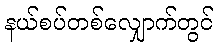
နယ်စပ်တစ်လျှောက်တွင်